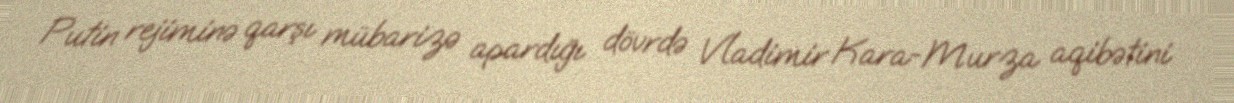
Putin rejiminə qarşı mübarizə apardığı dövrdə Vladimir Kara-Murza aqibətini